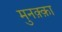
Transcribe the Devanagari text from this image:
मुनक़्क़ा